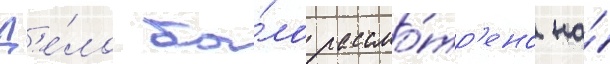
Д'е́ло бы́ло рассмо́тр'ено на́